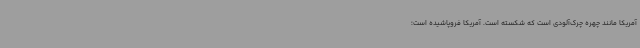
آمریکا مانند چهره چرک‌آلودی است که شکسته است. آمریکا فروپاشیده است؛